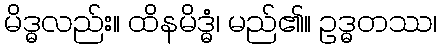
မိဒ္ဓလည်း။ ထိနမိဒ္ဓံ၊ မည်၏။ ဥဒ္ဓတဿ၊